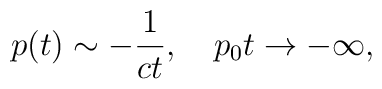
p(t)\sim-{1\over ct},\quad p_0t\to-\infty,